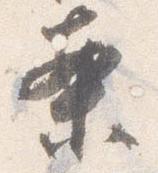
案